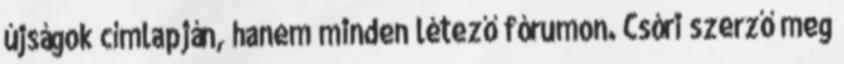
újságok címlapján, hanem minden létező fórumon. Csóri szerző meg